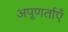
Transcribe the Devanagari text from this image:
अपूणर्ताएँ